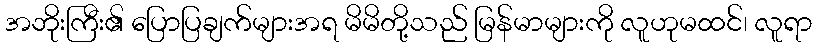
အဘိုးကြီး၏ ပြောပြချက်များအရ မိမိတို့သည် မြန်မာများကို လူဟုမထင်၊ လူရာ